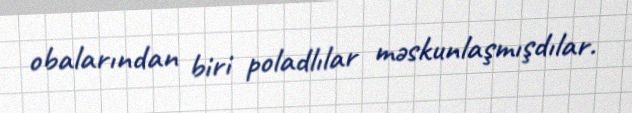
obalarından biri poladlılar məskunlaşmışdılar.